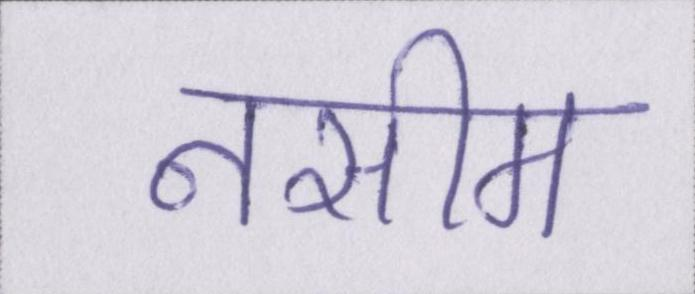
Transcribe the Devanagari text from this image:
नसीम